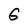
Character: G